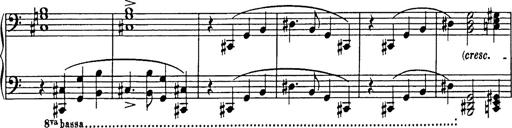
Title: R.W. - Venezia
Composer: Franz Liszt